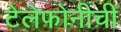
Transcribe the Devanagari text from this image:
टेलेफोनीची